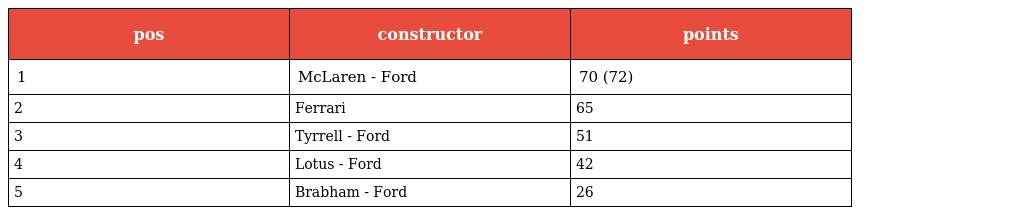
| pos | constructor | points |
 | --- | --- | --- |
 | 1 | McLaren - Ford | 70 (72) |
 | 2 | Ferrari | 65 |
 | 3 | Tyrrell - Ford | 51 |
 | 4 | Lotus - Ford | 42 |
 | 5 | Brabham - Ford | 26 |